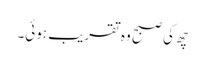
چھ کی صبح وہ تقریب ہوئی۔